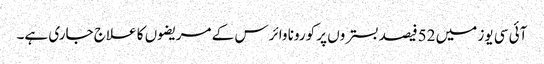
آئی سی یوز میں 52فیصد بستروں پر کورونا وائرس کے مریضوں کا علاج جاری ہے۔